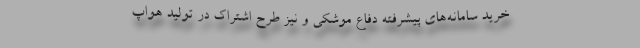
خرید سامانه‌های پیشرفته دفاع موشکی و نیز طرح اشتراک در تولید هواپ